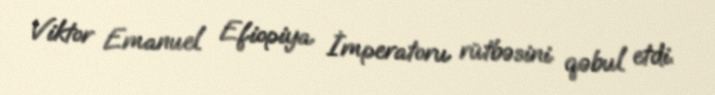
Viktor Emanuel Efiopiya İmperatoru rütbəsini qəbul etdi.